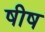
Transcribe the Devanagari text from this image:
षीष